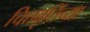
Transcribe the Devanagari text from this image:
चित्तवृतिंच्या